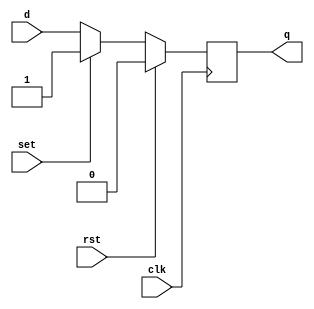
module dff(d,clk,rst,set,q);
  
  input d,clk,rst,set;
  output reg q;
  
  always@(posedge clk)
  begin
  if (rst) 
    q<=0;
  else if (set)
    q<=1;
  else 
    q<=d;
  end
  
endmodule